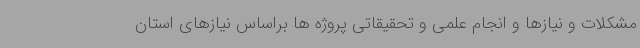
مشکلات و نیازها و انجام علمی و تحقیقاتی پروژه ها براساس نیازهای استان